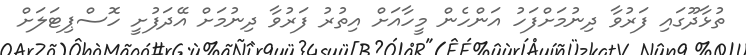
ތުޅާދޫގައި ފަރުވާ ދިނުމަށްފަހު އަންހެން މީހާއަށް އިތުރު ފަރުވާ ދިނުމަށް އޭދަފުށީ ހޮސްޕިޓަލަށް